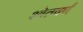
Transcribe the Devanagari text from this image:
श्वेतवर्णं